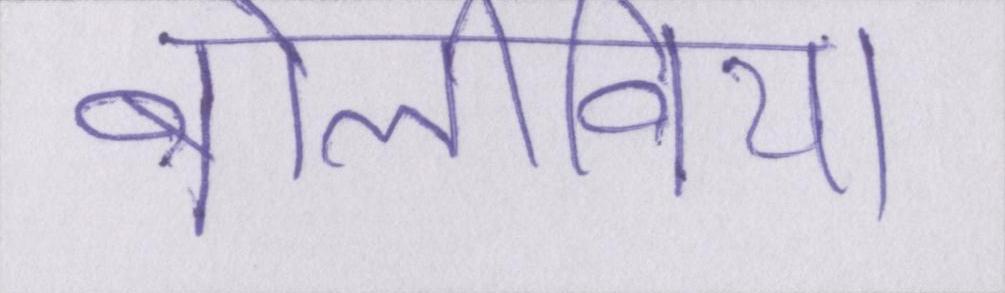
बोलीविया